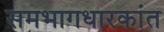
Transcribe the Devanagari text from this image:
समभागधारकांत